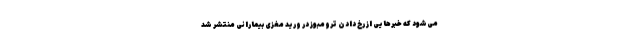
می‌شود که خبرهایی از رخ دادن ترومبوز در ورید مغزی بیمارانی منتشر شد